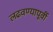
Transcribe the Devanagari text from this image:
लढवण्यापूर्वी